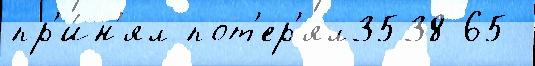
пр'и́н'ял пот'ер'ял3538 65